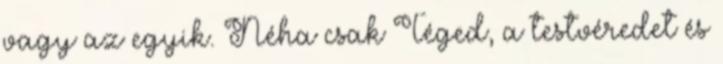
vagy az egyik. Néha csak Téged, a testvéredet és